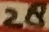
Text: 28